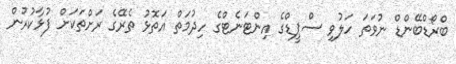
ބްރޯޑްބޭންޑް ނުވަތަ ހަލުވި ސްޕީޑްގެ އިންޓަނެޓްގެ ހިދުމަތް އަތޮޅު ތެރޭގެ ރަށްތަކަށް ފުޅާކުރުން